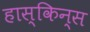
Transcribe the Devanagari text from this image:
हास्किन्स